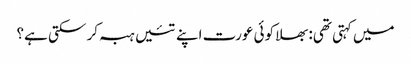
میں کہتی تھی: بھلا کوئی عورت اپنے تئیں ہبہ کر سکتی ہے؟